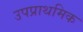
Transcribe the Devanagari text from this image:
उपप्राथमिक